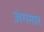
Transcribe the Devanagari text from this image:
अंगमार